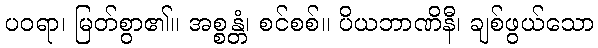
ပဝရာ၊ မြတ်စွာ၏။ အစ္စန္တံ၊ စင်စစ်။ ပိယဘာဏိနီ၊ ချစ်ဖွယ်သော